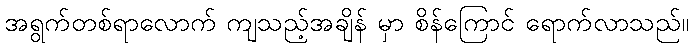
အရွက်တစ်ရာလောက် ကျသည့်အချိန် မှာ စိန်ကြောင် ရောက်လာသည်။